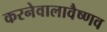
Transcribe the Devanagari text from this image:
करनेवालावैष्णव